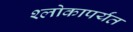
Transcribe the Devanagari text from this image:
श्लोकापर्यंत